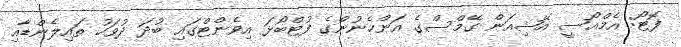
ފޮޓޯ: އެމްއޯސީ އޭޝިއަން ގޭމްސްގެ އަންހެނުންގެ ފުޓްބޯޅަ އިވެންޓްގައި ބުދަ ދުވަހު ތައިލެންޑާއި